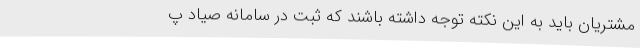
مشتریان باید به این نکته توجه داشته باشند که ثبت در سامانه صیاد پ